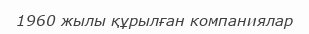
1960 жылы құрылған компаниялар